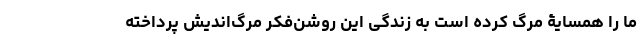
ما را همسایۀ مرگ کرده است به زندگی این روشن‌فکر مرگ‌اندیش پرداخته